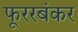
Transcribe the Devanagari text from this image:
फूररबंकर